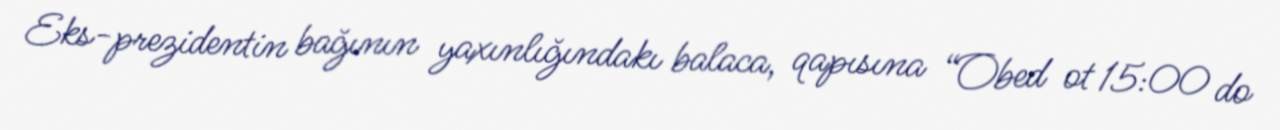
Eks-prezidentin bağının yaxınlığındakı balaca, qapısına “Obed ot 15:00 do